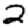
Digit: 2